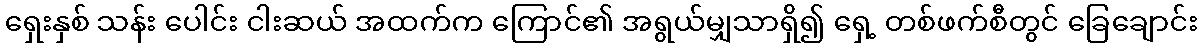
ရှေးနှစ် သန်း ပေါင်း ငါးဆယ် အထက်က ကြောင်၏ အရွယ်မျှသာရှိ၍ ရှေ့ တစ်ဖက်စီတွင် ခြေချောင်း